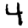
Digit: 4